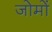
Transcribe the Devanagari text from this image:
जोमों